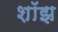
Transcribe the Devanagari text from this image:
शॉझ